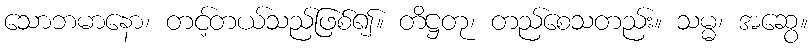
သောဘမာနော၊ တင့်တယ်သည်ဖြစ်၍။ တိဋ္ဌတု၊ တည်စေသတည်း။ သမ္မ၊ အဆွေ။